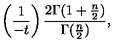
\left( { \frac { 1 } { - t } } \right) { \frac { 2 \Gamma ( 1 + { \frac { n } { 2 } } ) } { \Gamma ( { \frac { n } { 2 } } ) } } ,